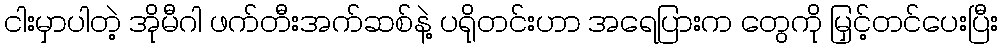
ငါးမှာပါတဲ့ အိုမီဂါ ဖက်တီးအက်ဆစ်နဲ့ ပရိုတင်းဟာ အရေပြားက တွေကို မြှင့်တင်ပေးပြီး